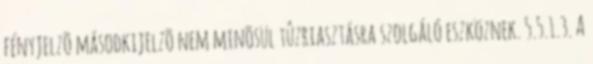
fényjelzõ másodkijelzõ nem minõsül tûzriasztásra szolgáló eszköznek. 5.5.1.3. A